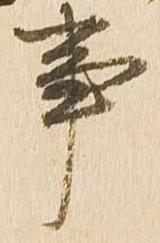
事